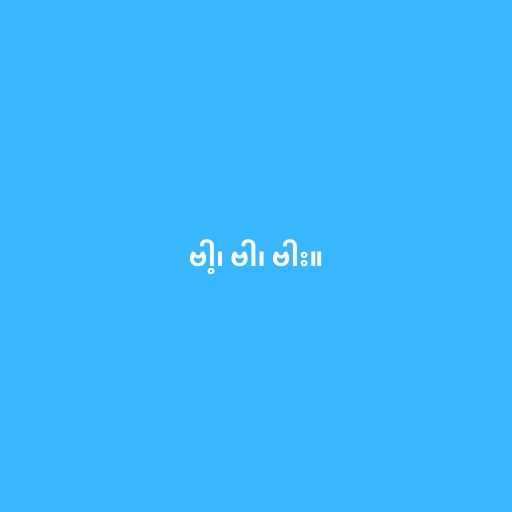
ဗါ့၊ ဗါ၊ ဗါး။